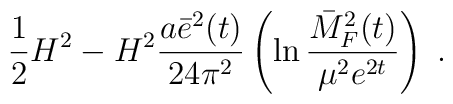
\frac{1}{2}H^2-H^2\frac{a\bar{e}^2(t)}{24\pi^2}\left(\ln\frac{\bar{M}^2_F(t)}{\mu^2e^{2t}}\right)\;.